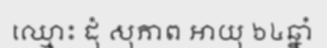
ឈ្មោះ ដុំ សុភាព អាយុ ៦៤ឆ្នាំ